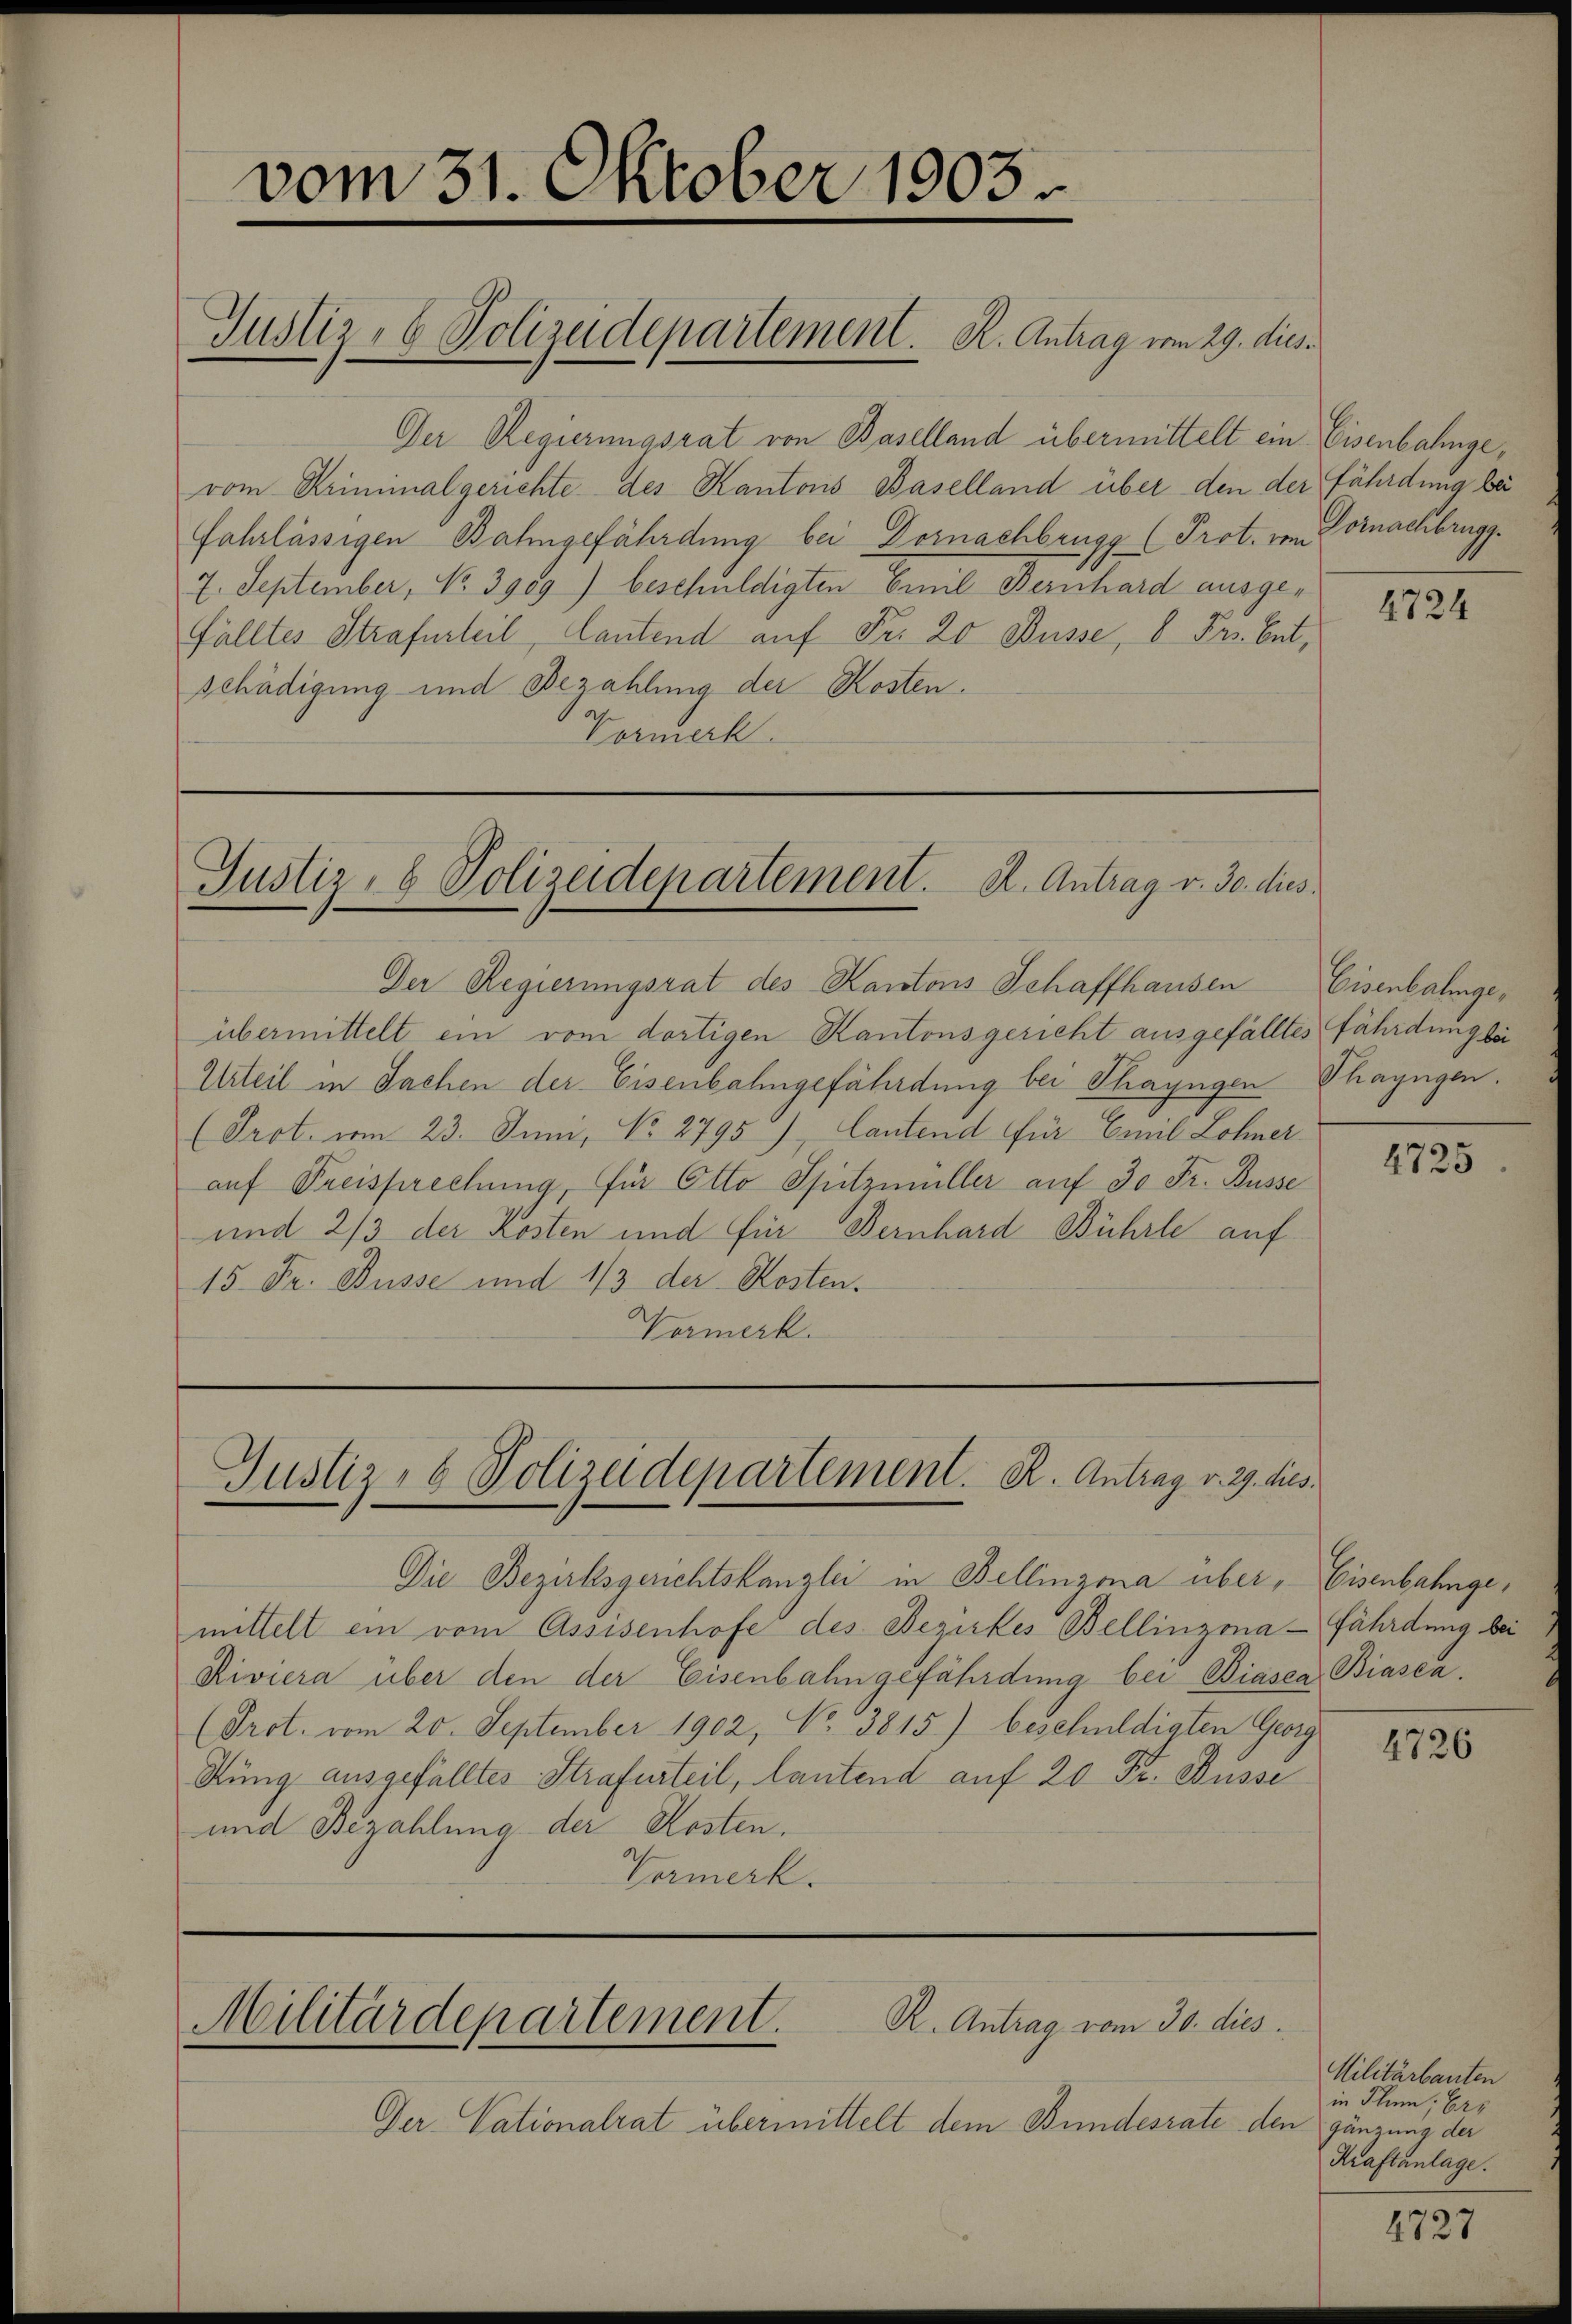
vom 31. Oktober 1903.

Justiz- & Polizeidepartement. K. Antrag vom 29. dies.

Der Regierungsrat von Baselland übermittelt ein Eisenbahngevom Kriminalgerichte des Kantons Baselland über den der fährdung bei
fahrlässigen Bahngefährdung bei Dornachbrugg (Prot. vom
7. September, No. 3909) beschuldigten Emil Bernhard ausgefälltes Strafurteil, Cantend auf Fr. 20 Düsse, 8 Fr. bet,
schädigung und Bezahlung der Kosten.
Kermerk

Justiz- & Polizeidepartement. A. Antrag v. 30. dies

Der- Sationalrat übermittelt dem Bundesrate den gänzung der

Der Regierungsrat des Kantons Schaffhausen
übermittelt ein vom dortigen Kantonsgericht ausgefälltes fährdung bei
Urteil in Sachen der Eisenbahngefährdung bei Thayngen
(Prot. vom 23. Juni, No. 2795), Cantend für Emil Lohner
auf Freisprechung, für Otto Spitzmüller auf 30 Fr. Busse
und 2/3 der Kosten und für Bernhard Bührle auf
15 Fr. Busse und 1/3 der Kosten.
Vermerk.

Justiz- & Polizeidepartement. R. Antrag v. 29. dies

Die Bezirksgerichtskanzlei in Bellinzona über, Eisenbahngemittelt ein vom Assisenhofe des Bezirkes Bellinzona - fährdung bei
Riviera über den der Eisenbahngefährdung bei Biasca Biasca,
(Prot. vom 20. September 1902, No 3815) beschuldigten Georg
Sung ausgefälltes Strafurteil, lautend auf 20 Fr. Busse
und Bezahlung der Kosten.
Hemerk.

Militärdepartement.

R. Antrag vom 30. dies

Vornachbrugg.

4724

Eisenbahnge
Thayngen.

4725

4726

Militärbauten
in Plan, Ers
Kraftanlage.

4727